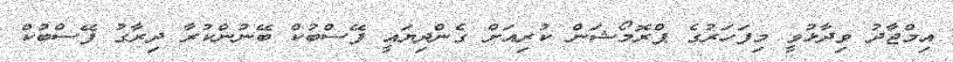
އިމްޖާދު ވިދާޅުވީ މިފަހަރުގެ ޕްރޮމޯޝަން ކުރިއަށް ގެންދިޔައީ ފޭސްބުކް ބޭނުންކުރާ ދިރާގު ފޭސްބުކް